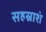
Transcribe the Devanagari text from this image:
सहस्राशं